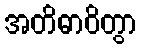
အတိဓာဝိတွာ